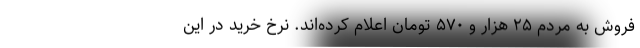
فروش به مردم ۲۵ هزار و ۵۷۰ تومان اعلام کرده‌اند. نرخ خرید در این